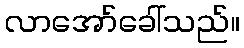
လာအော်ခေါ်သည်။